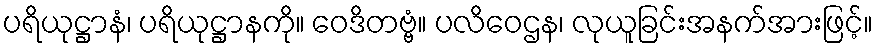
ပရိယုဋ္ဌာနံ၊ ပရိယုဋ္ဌာနကို။ ဝေဒိတဗ္ဗံ။ ပလိဝေဌန၊ လုယူခြင်းအနက်အားဖြင့်။